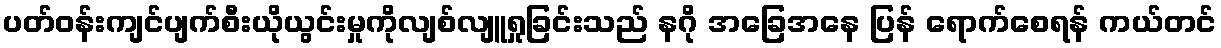
ပတ်ဝန်းကျင်ပျက်စီးယိုယွင်းမှုကိုလျစ်လျူရှုခြင်းသည် နဂို အခြေအနေ ပြန် ရောက်စေရန် ကယ်တင်